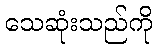
သေဆုံးသည်ကို